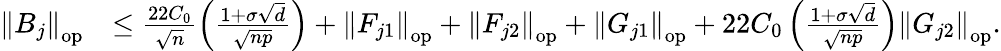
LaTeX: \begin{array}{rl}{\left\| {B_{j}}\right\| _{\mathrm{op}}}&{\leq\frac{22C_{0}}{\sqrt{n}}\left(\frac{1+\sigma\sqrt{d}}{\sqrt{np}}\right)+\left\| {F_{j1}}\right\| _{\mathrm{op}}+\left\| {F_{j2}}\right\| _{\mathrm{op}}+\left\| {G_{j1}}\right\| _{\mathrm{op}}+22C_{0}\left(\frac{1+\sigma\sqrt{d}}{\sqrt{np}}\right)\left\| {G_{j2}}\right\| _{\mathrm{op}}.}\end{array}